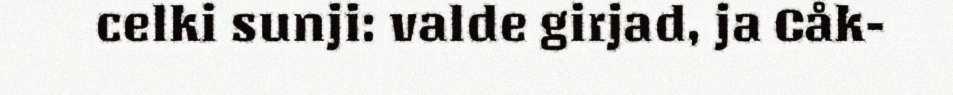
celki sunji: valde girjad, ja Cåk-